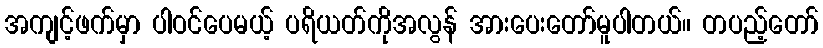
အကျင့်ဖက်မှာ ပါဝင်ပေမယ့် ပရိယတ်ကိုအလွန် အားပေးတော်မူပါတယ်။ တပည့်တော်